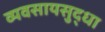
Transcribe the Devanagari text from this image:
व्यवसायसुद्धा